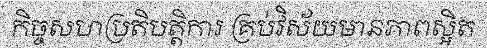
កិច្ចសហប្រតិបត្តិការ គ្រប់វិស័យមានភាពស្អិត